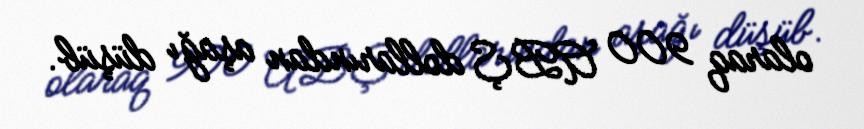
olaraq 900 ABŞ dollarından aşağı düşüb.